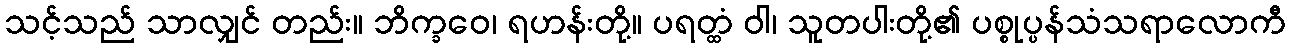
သင့်သည် သာလျှင် တည်း။ ဘိက္ခဝေ၊ ရဟန်းတို့။ ပရတ္ထံ ဝါ၊ သူတပါးတို့၏ ပစ္စုပ္ပန်သံသရာလောကီ